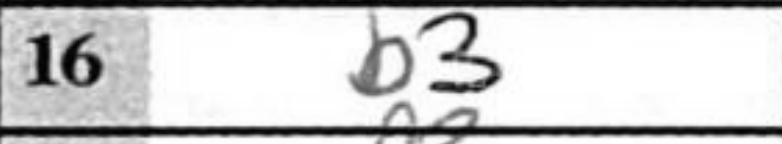
Transcription: b3